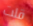
قلت